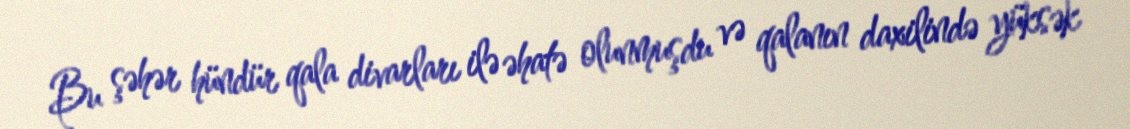
Bu şəhər hündür qala divarları ilə əhatə olunmuşdu və qalanın daxilində yüksək